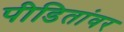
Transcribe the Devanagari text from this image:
पीडितांवर